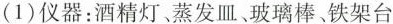
(1)仪器：酒精灯、蒸发皿、玻璃棒、铁架台